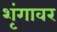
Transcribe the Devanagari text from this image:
शृंगावर